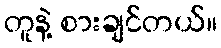
တူနဲ့ စားချင်တယ်။